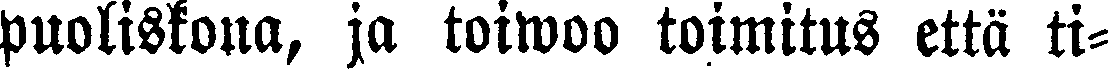
puoliskona, ja toiwoo toimitus että ti-